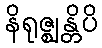
နိရုဇ္ဈန္တိပိ